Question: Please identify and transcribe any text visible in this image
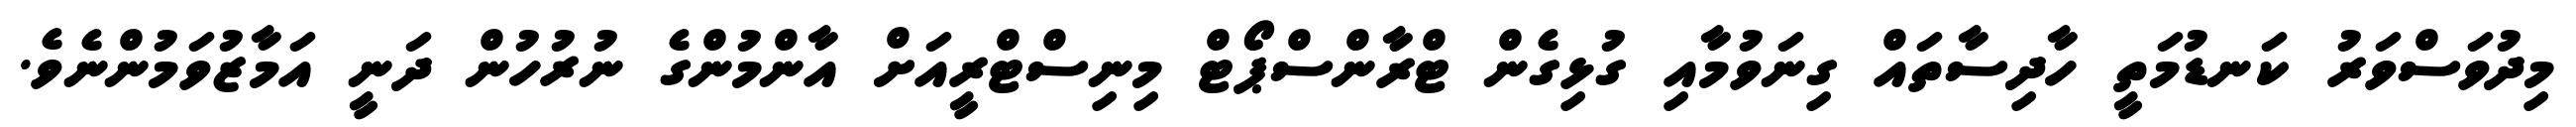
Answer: މިދުވަސްވަރު ކަނޑުމަތީ ހާދިސާތައް ގިނަވުމާއި ގުޅިގެން ޓްރާންސްޕޯޓް މިނިސްޓްރީއަށް އާންމުންގެ ނުރުހުން ދަނީ އަމާޒުވަމުންނެވެ.